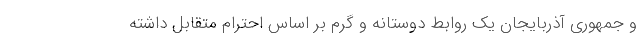
و جمهوری آذربایجان یک روابط دوستانه و گرم بر اساس احترام متقابل داشته